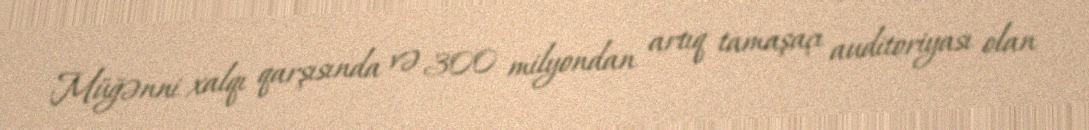
Müğənni xalqı qarşısında və 300 milyondan artıq tamaşaçı auditoriyası olan